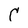
Character: C